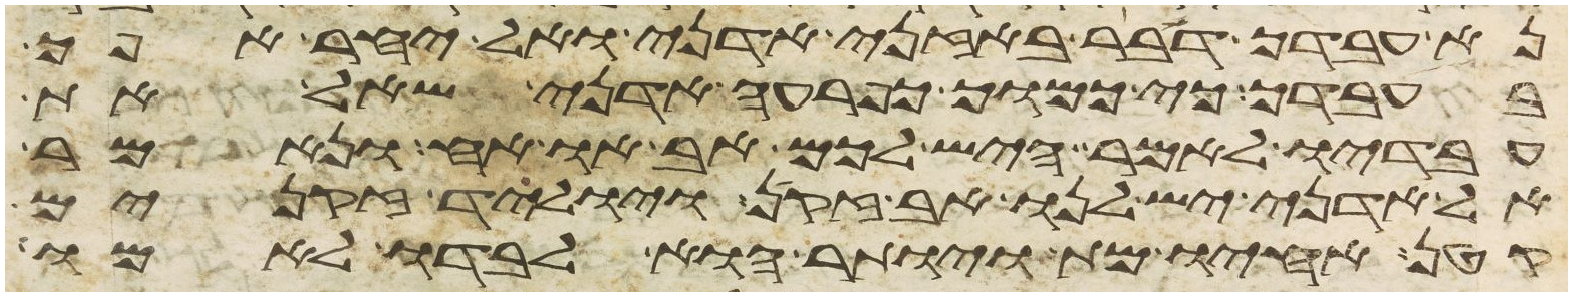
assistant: נא עבדך דבר באזני אדני ואל יחר אפך
בעבדך כי כמוך כפרעה אדני שאל את
עבדיו לאמר היש לכם אב או אח ונאמר
אל אדני יש לנו אב זקן ויולד זקנים
קטן אחיו מת ויותר הוא לבדו לאמו